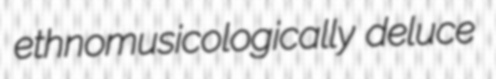
ethnomusicologically deluce